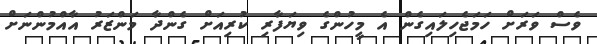
ވެސް ވަރަށް ހަމަޖެހިލައިގެން އެ މީހުންގެ ވިޔަފާރި ކުރިއަށް ގެންދާ މަންޒަރު އާއްމުންނަށް